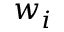
w _ { i }